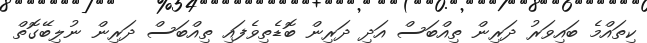
ކިތައްމެ ބައިވަރު ދަރިން ތިއްބަސް އަދި ދަރިން ބޮޑެތިވެފައި ތިއްބަސް ދަރިން ނުލިބޭގޮތް